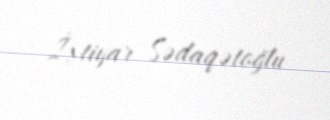
İxtiyar Sədaqətoğlu